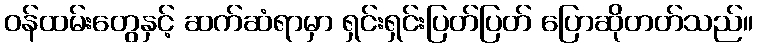
ဝန်ထမ်းတွေနှင့် ဆက်ဆံရာမှာ ရှင်းရှင်းပြတ်ပြတ် ပြောဆိုတတ်သည်။